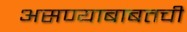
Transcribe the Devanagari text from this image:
असण्याबाबतची